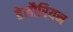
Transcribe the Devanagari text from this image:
डेलौरियन